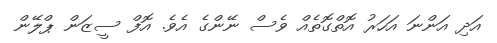
އަދި އަންނަ އަހަރު އޮތްގޮތެއް ވެސް ނޭންގެ އެވެ. އޮފް ސީޒަން ޕްލޭން